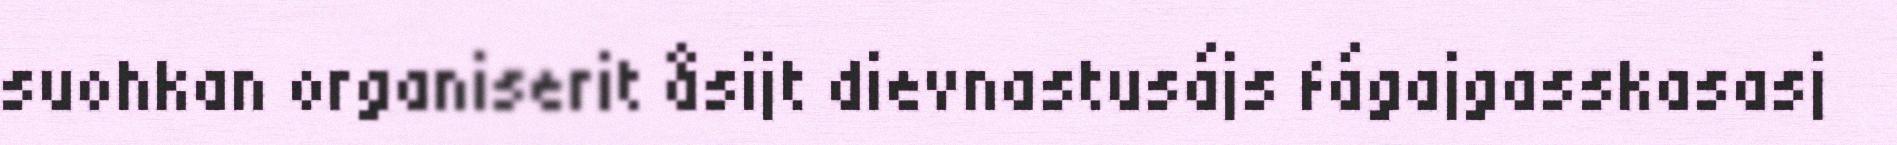
suohkan organiserit åsijt dievnastusájs fágajgasskasasj